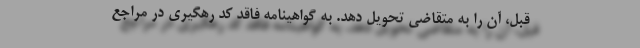
قبل، آن را به متقاضی تحویل دهد. به گواهینامه فاقد کد رهگیری در مراجع